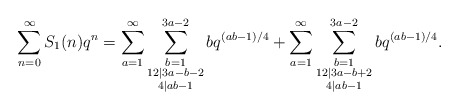
\begin{align*} \sum_{n=0}^\infty S_1(n)q^n=\sum_{a=1}^\infty \sum_{\substack{b=1\\ 12|3a-b-2\\4|ab-1}}^{3a-2} bq^{(ab-1)/4}+\sum_{a=1}^\infty \sum_{\substack{b=1\\ 12|3a-b+2\\4|ab-1}}^{3a-2} bq^{(ab-1)/4}.\end{align*}